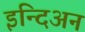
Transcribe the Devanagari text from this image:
इन्दिअन